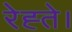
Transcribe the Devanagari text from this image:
रेह्ते।